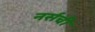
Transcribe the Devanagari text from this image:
नर्सची